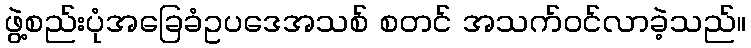
ဖွဲ့စည်းပုံအခြေခံဥပဒေအသစ် စတင် အသက်ဝင်လာခဲ့သည်။